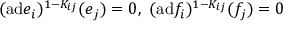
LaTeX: ( \mathrm { a d } e _ { i } ) ^ { 1 - K _ { i j } } ( e _ { j } ) = 0 , ~ ( \mathrm { a d } f _ { i } ) ^ { 1 - K _ { i j } } ( f _ { j } ) = 0